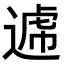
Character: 𨕑